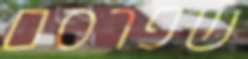
שפרסם